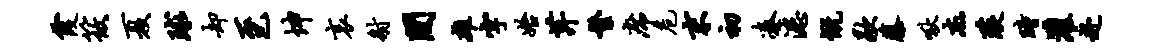
霞筱夏球却至坤哀射间雄字始芹繁席危末初凑漶慨歇藤啾杰琰瞳灌赴